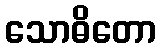
သောဓိတော